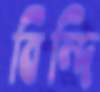
বিন্দি